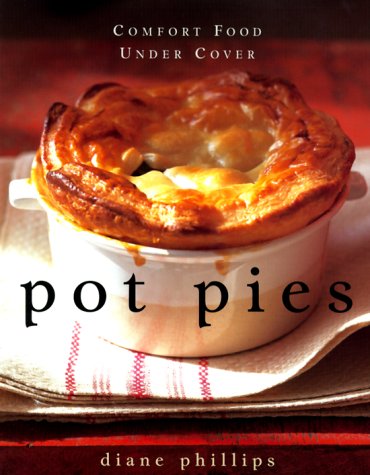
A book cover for Pot Pies: Comfort Food Under Cover; Diane Phillips; Cookbooks, Food & Wine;